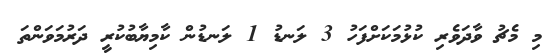
މި މެޗު ވާދަވެރި ކުޅުމަކަށްފަހު 3 ލަނޑު 1 ލަނޑުން ކާމިޔާބުކުރީ ދަރުމަވަންތަ